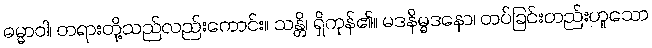
ဓမ္မာဝါ၊ တရားတို့သည်လည်းကောင်း။ သန္တိ၊ ရှိကုန်၏။ မဒနိမ္မဒနော၊ တပ်ခြင်းတည်းဟူသော